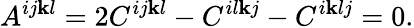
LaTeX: A^{ij\mathbf{k}l}=2C^{ij\mathbf{k}l}-C^{il\mathbf{k}j}-C^{i\mathbf{k}lj}=0.